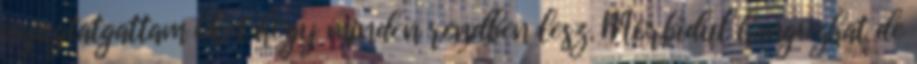
nyugtatgattam őket hogy minden rendben lesz. Morbidul hangozhat de